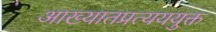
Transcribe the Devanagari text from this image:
आख्यातप्रत्यययुक्त